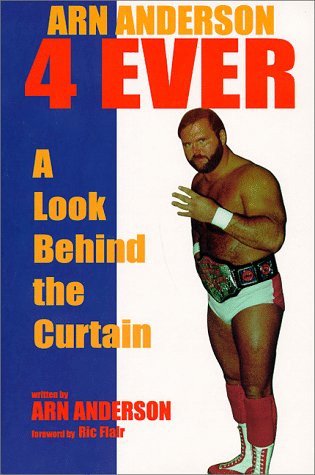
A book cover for Arn Anderson 4 Ever: A Look Behind the Curtain; Arn Anderson; Biographies & Memoirs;